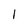
Character: I